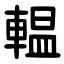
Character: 輼